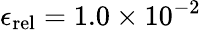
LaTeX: \epsilon_{\textup{rel}}=1.0\times 10^{-2}